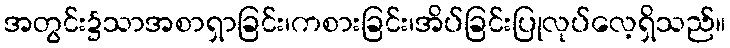
အတွင်း၌သာအစာရှာခြင်း၊ကစားခြင်း၊အိပ်ခြင်းပြုလုပ်လေ့ရှိသည်။